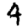
Digit: 4